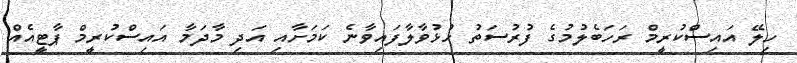
ހިލޭ އައިސްކުރީމް ރަހަބެލުމުގެ ފުރުސަތު ހުޅުވާލާފައިވާނެ ކަމަށާއި އަދި މާދަމާ އައިސްކުރީމް ޕާޓީއެއް